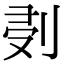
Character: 𠜘